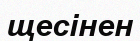
щесінен